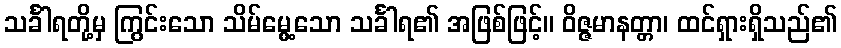
သင်္ခါရတို့မှ ကြွင်းသော သိမ်မွေ့သော သင်္ခါရ၏ အဖြစ်ဖြင့်။ ဝိဇ္ဇမာနတ္တာ၊ ထင်ရှားရှိသည်၏